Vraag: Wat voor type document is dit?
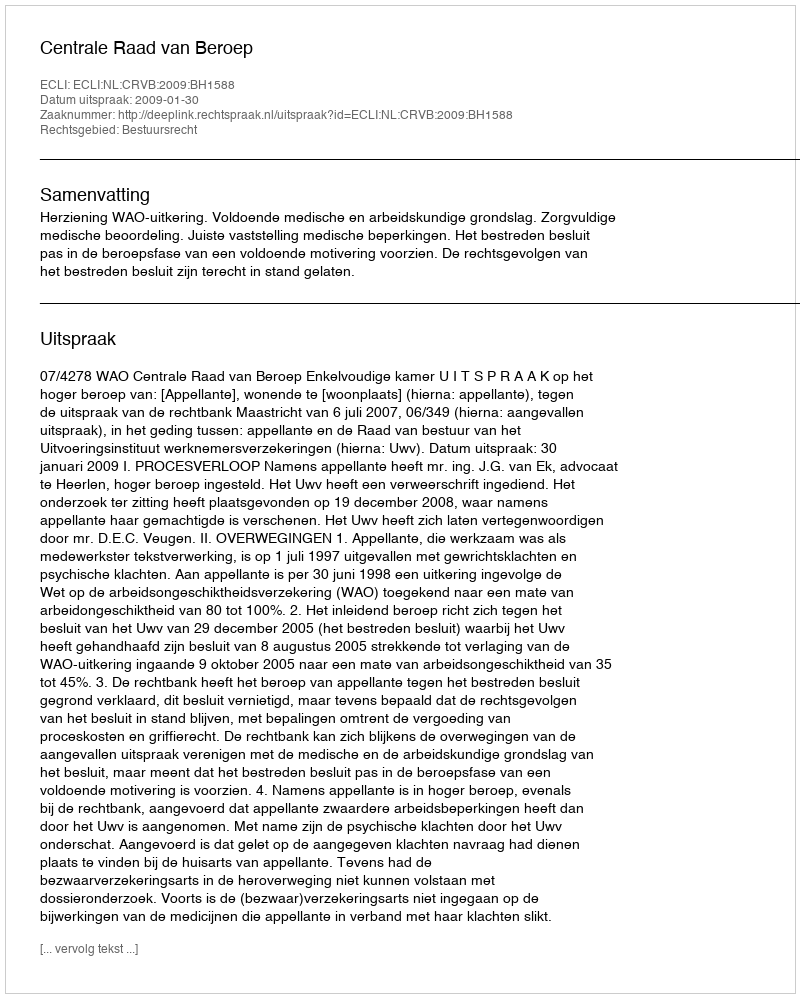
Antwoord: Uitspraak